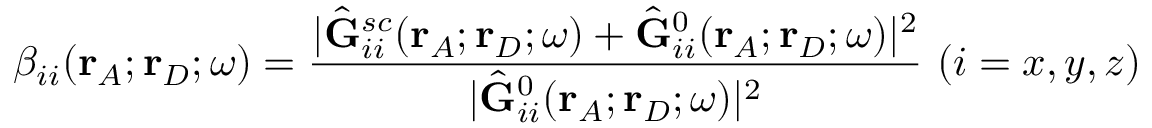
\beta _ { i i } ( \mathbf { r } _ { A } ; \mathbf { r } _ { D } ; \omega ) = \frac { | \hat { \mathbf { G } } _ { i i } ^ { s c } ( \mathbf { r } _ { A } ; \mathbf { r } _ { D } ; \omega ) + \hat { \mathbf { G } } _ { i i } ^ { 0 } ( \mathbf { r } _ { A } ; \mathbf { r } _ { D } ; \omega ) | ^ { 2 } } { | \hat { \mathbf { G } } _ { i i } ^ { 0 } ( \mathbf { r } _ { A } ; \mathbf { r } _ { D } ; \omega ) | ^ { 2 } } \ ( i = x , y , z )